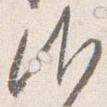
御